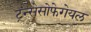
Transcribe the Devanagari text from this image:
ट्रन्सेसोफेगेयल